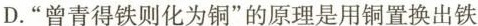
D."曾青得铁则化为铜"的原理是用铜置换出铁